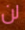
لن